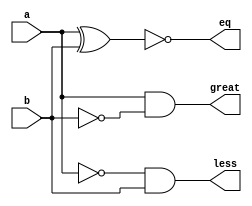
`timescale 1ns / 1ps
//////////////////////////////////////////////////////////////////////////////////
// Company: 
// Engineer: 
// 
// Design Name: 
// Module Name: comparator_1
// Project Name: 
// Target Devices: 
// Tool Versions: 
// Description: 
// 
// Dependencies: 
// 
// Revision:
// Revision 0.01 - File Created
// Additional Comments:
// 
//////////////////////////////////////////////////////////////////////////////////


module comparator_1(less,great,eq,a,b);
input a,b;
output less,great,eq;
wire s;
and a1 (great,a,~b);
xor x1 (s,a,b);
and a2 (less,~a,b);
not n1 (eq,s);

endmodule